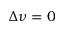
\Delta \nu = 0